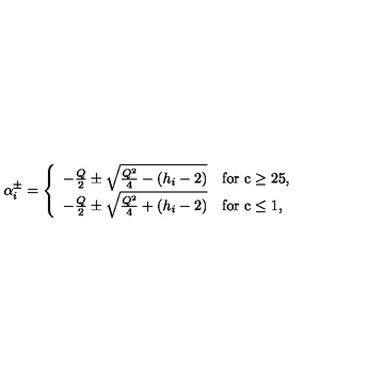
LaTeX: \alpha _ { i } ^ { \pm } = \left\{ \begin{array} { l l } { - { \frac { Q } { 2 } } \pm { \sqrt { { \frac { Q ^ { 2 } } { 4 } } - ( h _ { i } - 2 ) } } } & { \mathrm { f o r \ c \ge 2 5 , } } \\ { - { \frac { Q } { 2 } } \pm { \sqrt { { \frac { Q ^ { 2 } } { 4 } } + ( h _ { i } - 2 ) } } } & { \mathrm { f o r \ c \le 1 , } } \\ \end{array} \right.